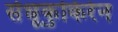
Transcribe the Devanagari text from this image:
सेधूकुकिरेन